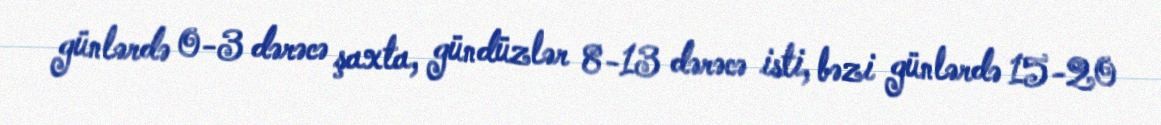
günlərdə 0-3 dərəcə şaxta, gündüzlər 8-13 dərəcə isti, bəzi günlərdə 15-20